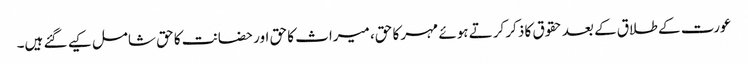
عورت کے طلاق کے بعد حقوق کا ذکر کرتے ہوئے مہر کا حق، میراث کا حق اور حضانت کا حق شامل کیے گئے ہیں۔